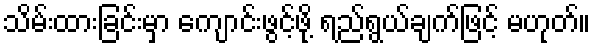
သိမ်းထားခြင်းမှာ ကျောင်းဖွင့်ဖို့ ရည်ရွယ်ချက်ဖြင့် မဟုတ်။